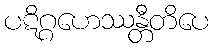
ပဋိဂ္ဂဟေဿန္တီတိပေ